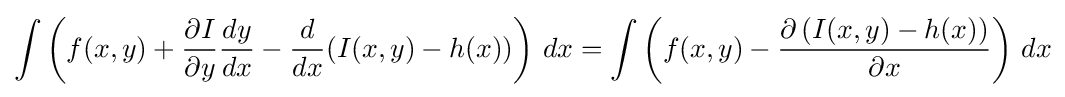
\int \left(f(x,y)+{\partial I \over \partial y}{dy \over dx}-{d \over dx}(I(x,y)-h(x))\right)\,dx=\int \left(f(x,y)-{\partial \left(I(x,y)-h(x)\right) \over \partial x}\right)\,dx